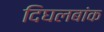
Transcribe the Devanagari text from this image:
दिघलबांक